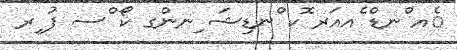
ެއ ްނޑް ެއއަރ ޮކ ްނޑިޝަ ިނންގ ކޯ ްސ ފު ިރ